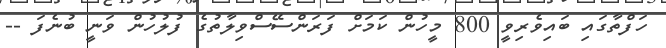
ހަފްތާގައި ބައިވެރިވީ 800 މީހުން ކަމަށް ފަރަންސޭސްވިލާތުގެ ފުލުހުން ވަނީ ބުނެފަ --